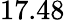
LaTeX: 17.48